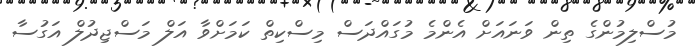
މުސްލިމުންގެ ތިން ވަނަައަށް އެންމެ މުގައްދަސް މިސްކިތް ކަމަށްވާ އަލް މަސްޖިދުލް އަގުސާ